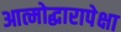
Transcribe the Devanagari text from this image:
आत्मोद्धारापेक्षा